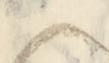
候